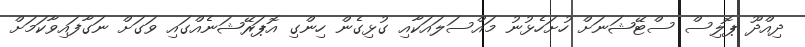
ދިއްދޫ ޕޮލިސް ސްޓޭޝަނަށް ހުށަހެޅުނު މައްސަލައަކާއި ގުޅިގެން ހިންގި އޮޕަރޭޝަނެއްގައި ވަގަށް ނަގާފައިވާކަމަށް